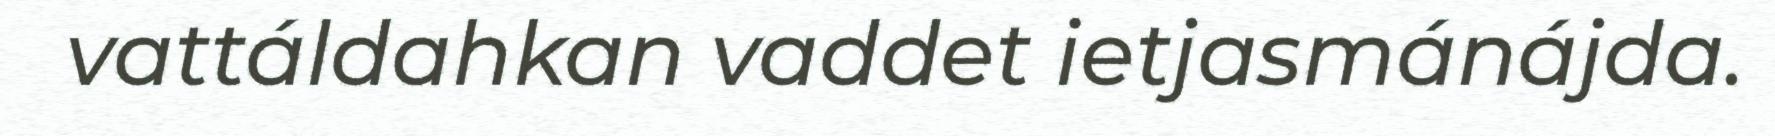
vattáldahkan vaddet ietjasmánájda.